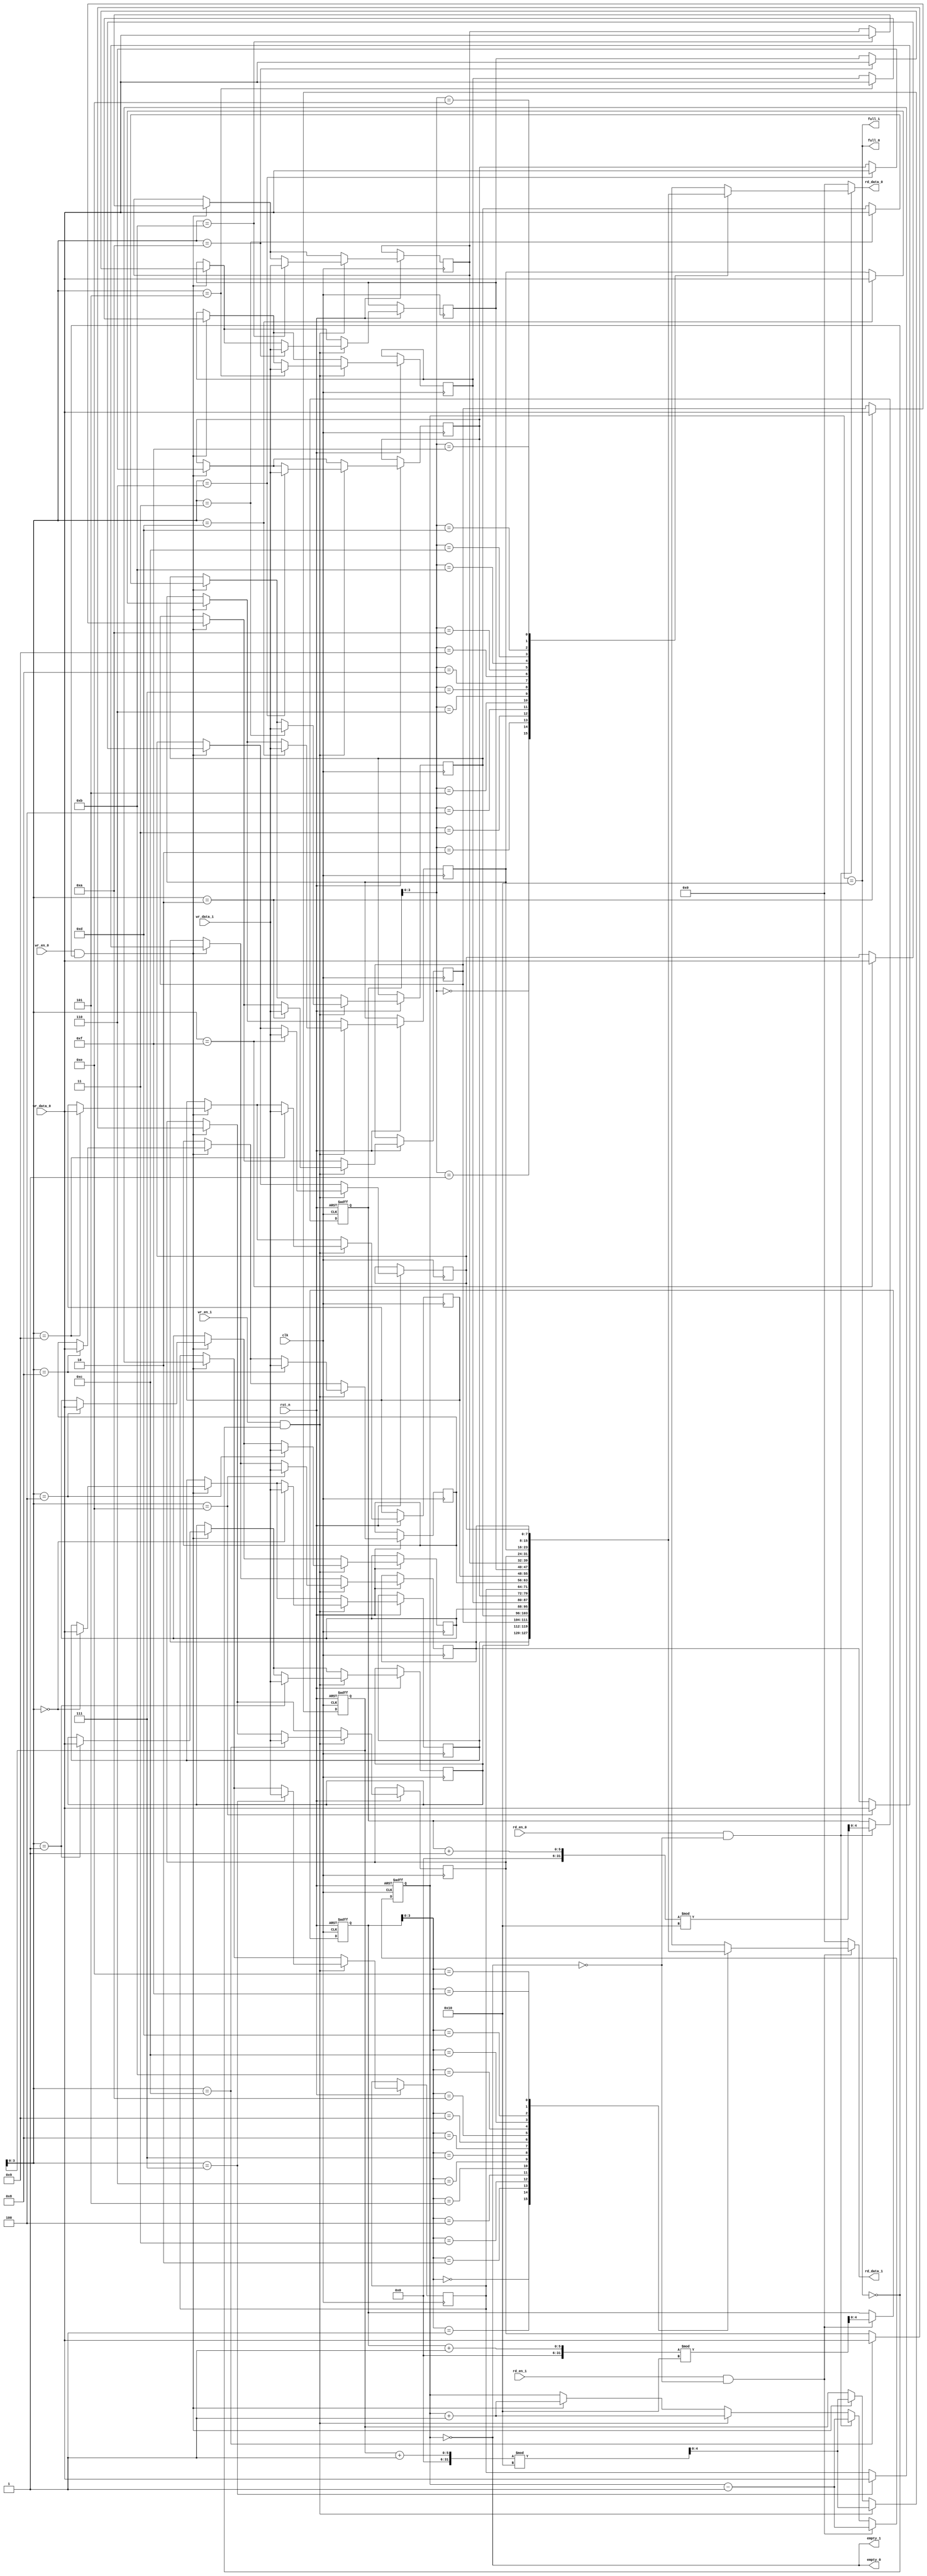
module multiport_fifo #(
    parameter DATA_WIDTH = 8, // Width of the data
    parameter DEPTH = 16       // Depth of the FIFO
) (
    input wire clk,                          // Clock signal
    input wire rst_n,                        // Asynchronous reset (active low)

    // Write ports
    input wire [DATA_WIDTH-1:0] wr_data_0,  // Write data for port 0
    input wire wr_en_0,                      // Write enable for port 0
    output wire full_0,                      // Full flag for port 0

    input wire [DATA_WIDTH-1:0] wr_data_1,  // Write data for port 1
    input wire wr_en_1,                      // Write enable for port 1
    output wire full_1,                      // Full flag for port 1

    // Read ports
    output wire [DATA_WIDTH-1:0] rd_data_0, // Read data for port 0
    input wire rd_en_0,                      // Read enable for port 0
    output wire empty_0,                     // Empty flag for port 0

    output wire [DATA_WIDTH-1:0] rd_data_1, // Read data for port 1
    input wire rd_en_1,                      // Read enable for port 1
    output wire empty_1                      // Empty flag for port 1
);

    // Internal signals
    reg [DATA_WIDTH-1:0] fifo_mem [0:DEPTH-1]; // FIFO memory array
    reg [4:0] wr_ptr;                          // Write pointer
    reg [4:0] rd_ptr_0;                        // Read pointer for port 0
    reg [4:0] rd_ptr_1;                        // Read pointer for port 1
    reg [4:0] count;                           // Number of items in FIFO

    // Status flags
    assign full_0 = (count == DEPTH);
    assign full_1 = (count == DEPTH);
    assign empty_0 = (count == 0);
    assign empty_1 = (count == 0);
    
    // Read data output
    assign rd_data_0 = (rd_en_0 && !empty_0) ? fifo_mem[rd_ptr_0] : {DATA_WIDTH{1'b0}};
    assign rd_data_1 = (rd_en_1 && !empty_1) ? fifo_mem[rd_ptr_1] : {DATA_WIDTH{1'b0}};

    // FIFO operation
    always @(posedge clk or negedge rst_n) begin
        if (!rst_n) begin
            wr_ptr <= 0;
            rd_ptr_0 <= 0;
            rd_ptr_1 <= 0;
            count <= 0;
        end else begin
            // Write operation for port 0
            if (wr_en_0 && !full_0) begin
                fifo_mem[wr_ptr] <= wr_data_0;
                wr_ptr <= (wr_ptr + 1) % DEPTH;
                count <= count + 1;
            end

            // Write operation for port 1
            if (wr_en_1 && !full_1) begin
                fifo_mem[wr_ptr] <= wr_data_1;
                wr_ptr <= (wr_ptr + 1) % DEPTH;
                count <= count + 1;
            end

            // Read operation for port 0
            if (rd_en_0 && !empty_0) begin
                rd_ptr_0 <= (rd_ptr_0 + 1) % DEPTH;
                count <= count - 1;
            end

            // Read operation for port 1
            if (rd_en_1 && !empty_1) begin
                rd_ptr_1 <= (rd_ptr_1 + 1) % DEPTH;
                count <= count - 1;
            end
        end
    end

endmodule